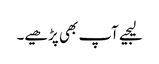
لیجیے آپ بھی پڑھیے۔